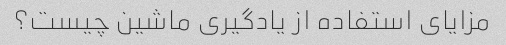
مزایای استفاده از یادگیری ماشین چیست؟